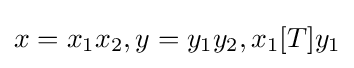
x=x_{1}x_{2},y=y_{1}y_{2},x_{1}[T]y_{1}